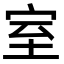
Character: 室